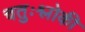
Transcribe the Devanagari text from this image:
चतुःश्लोकी